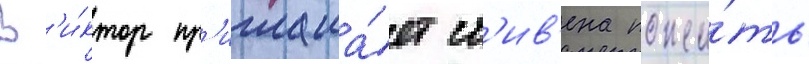
В'и́ктор пр'иглаша́ет ст'ив'ена пожи́ть